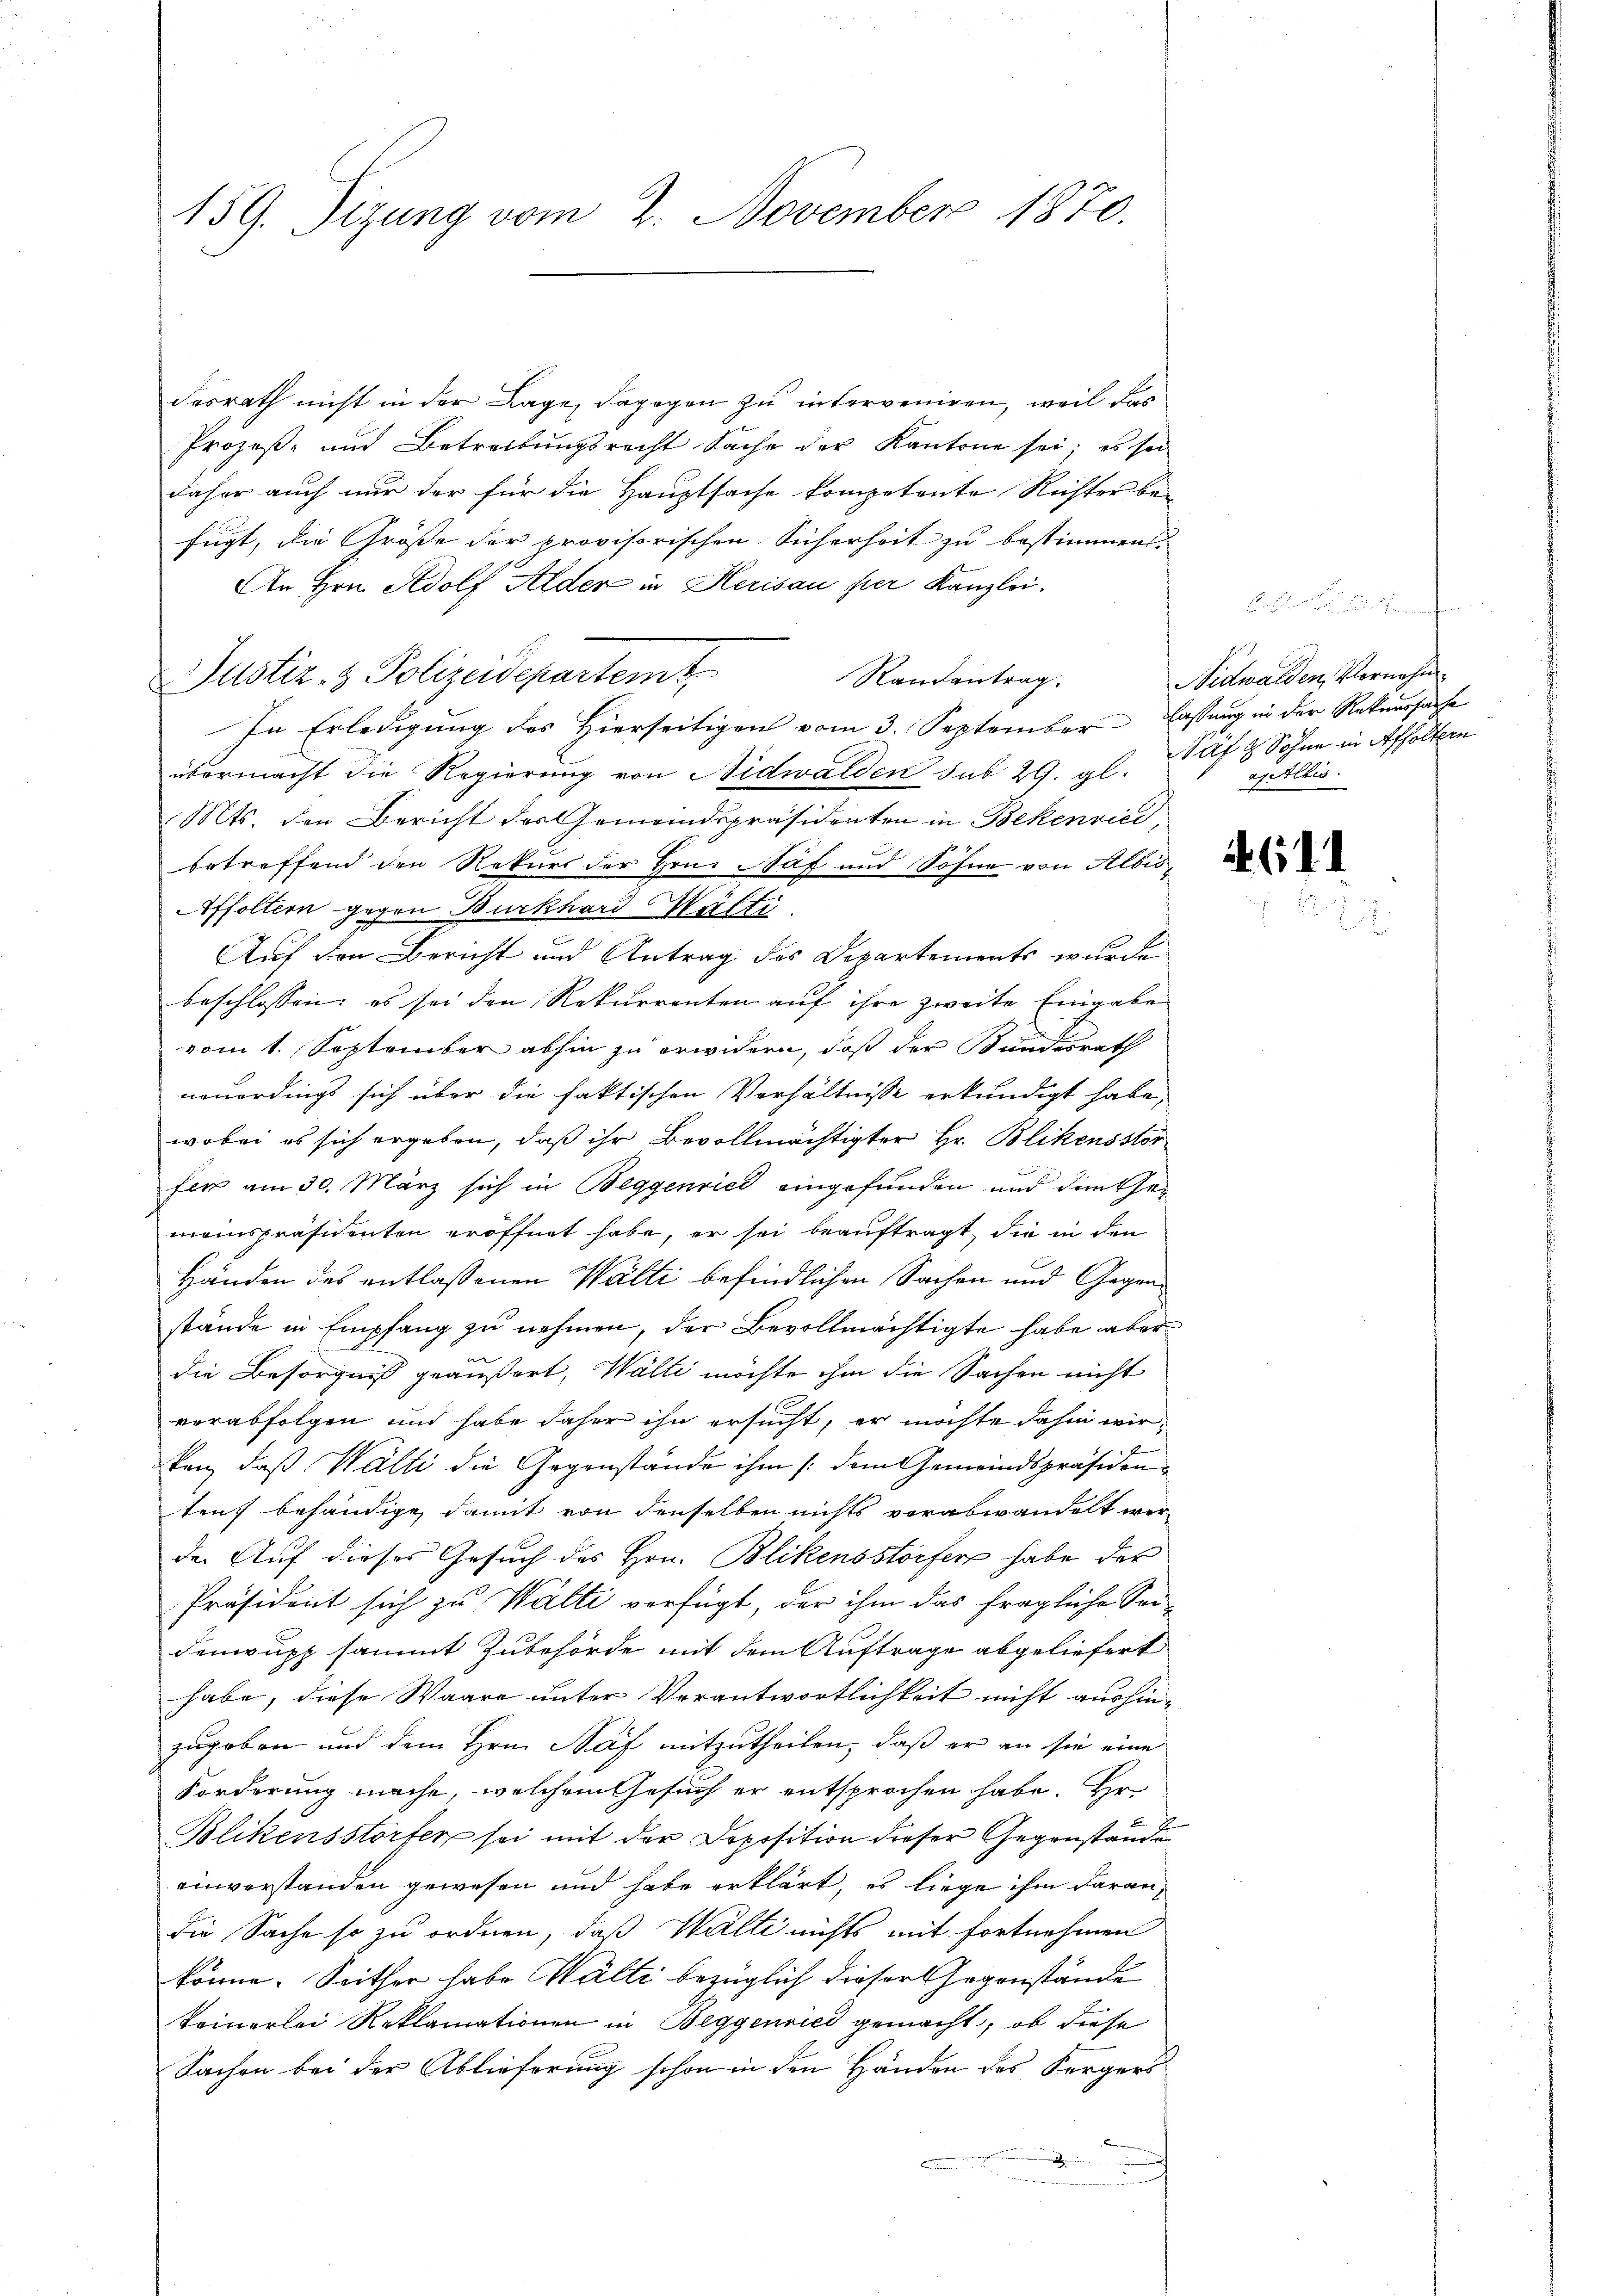
159. Sizung vom 2. November 1870.

dasrath nicht in der Lage, dagegen zu interveniren, weil das
Prozeß- und Betreibungsrecht Sache der Kantone sei; es sei
daher auch nur der für die Hauptsache kompetente Reister be-
fügt, die Größe der provisorischen Sicherheit zu bestimmen.
An Hrn. Adolf Alder in Herisau per Kanzlei.
Justiz- & Polizeidepartemt
Randantrag.
In Erledigung des Hierseitigen vom 3. September lassung in der Rekurssache
übermacht die Regierung von Nidwalden sub 29. gl.
Mts. den Bericht der Gemeindspräsidenten in Bekenrici,
betreffend den Rekurs der Hrn. Haf und Söhne von Albis¬
Affoltern gegen Burkhard Wälti
Auf den Bericht und Antrag des Departements wurde
beschlossen; es sei den Rekurrenten auf ihre zweite Eingabe
vom 1. September abhin zu erwidern, daß der Bundesrath
neuerdings sich über die faktischen Verhältnisse erkundigt habe,
wobei es sich ergeben, daß ihr Bevollmächtigter Hr. Blickensstor
fer am 30. März sich in Beggenried eingefunden und den Gemeinspräsidenten eröffnet habe, er sei beauftragt, die in den
Händen des entlassenen Wälti befindlichen Sachen und Gegenstände in Empfang zu nehmen, der Bevollmächtigte habe aber
die Besorgniß geäußert, Walli möchte ihm die Sachen nicht
verabfolgen und habe daher ihn ersucht, er möchte dahin wir
ken, daß Walli die Gegenstände ihm /: dem Gemeindspräsidenten, behändige, damit von denselben nichts vorabwandelt wer-
der Auf dieses Gesuch des Hrn. Blikensstorfer habe der
Präsident sich zu Walti vorfügt, der ihm das fragliche Sei-
denrupp sammt Zubehörde mit dem Auftrage abgeliefert
habe, diese Waare unter Verantwortlichkeit nicht aushinzugeben und dem Hrn. Näf mitzutheilen, daß er an sie eine
Forderung mache, welchem Gesuch er entsprochen habe. Hr
Blikensstorfer sei mit der Deposition dieser Gegenständen
einverstanden gewesen und habe erklärt, es liege ihm daran,
die Sache so zu ordnen, daß Walli nichts mit fortnehmen
könne. Seither habe Wälti bezüglich dieser Gegenstände
teinerlei Reklamationen in Beggenried gemacht, ob diese
Sachen bei der Ablieferung schon in den Händen des Sergers
d

Nidwalden, Vornahm
afz Sohne in Affoltern
aselbis

461.